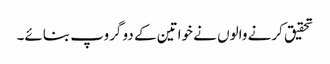
تحقیق کرنے والوں نے خواتین کے دو گروپ بنائے۔